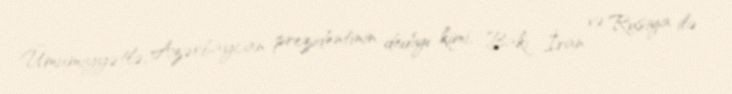
Ümumiyyətlə, Azərbaycan prezidentinin dediyi kimi, Bakı İran və Rusiya ilə